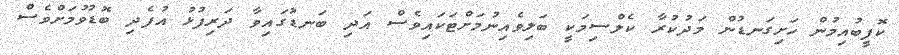
ކޮފީބުއިމުން ހަށިގަނޑުން މަދުކުރާ ކެލްސިމަކީ ބަލިވެއިނުމަށްޓަކައިވެސް އަދި ބަނޑުގައިވާ ދަރިފުޅު އުފެދި ބޮޑުވުމަށްވެސް